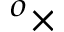
^ o \times